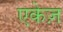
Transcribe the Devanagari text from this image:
एकेज़